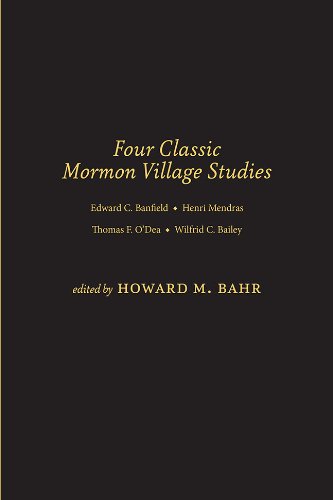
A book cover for Four Classic Mormon Village Studies; Howard M. Bahr; Christian Books & Bibles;